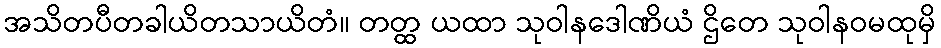
အသိတပီတခါယိတသာယိတံ။ တတ္ထ ယထာ သုဝါနဒေါဏိယံ ဌိတေ သုဝါနဝမထုမှိ